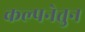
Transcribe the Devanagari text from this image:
कल्पनेतुन